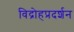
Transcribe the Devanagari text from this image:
विद्रोहप्रदर्शन